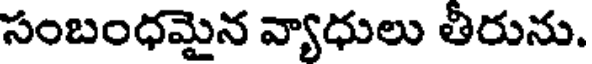
సంబంధమైన వ్యాధులు తీరును.